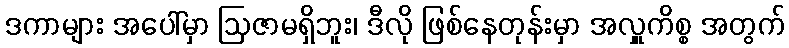
ဒကာများ အပေါ်မှာ ဩဇာမရှိဘူး၊ ဒီလို ဖြစ်နေတုန်းမှာ အလှူကိစ္စ အတွက်